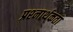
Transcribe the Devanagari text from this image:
प्रश्‍नार्थकता